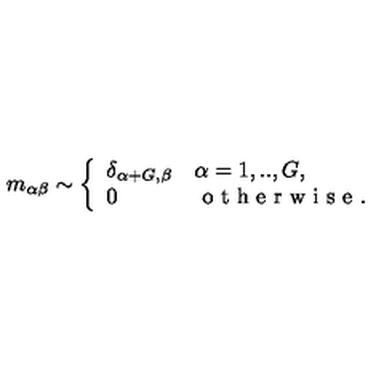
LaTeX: m _ { \alpha \beta } \sim \left\{ \begin{array} { l l } { \delta _ { \alpha + G , \beta } } & { \alpha = 1 , . . , G , } \\ { 0 } & { \textrm { o t h e r w i s e } . } \\ \end{array} \right.